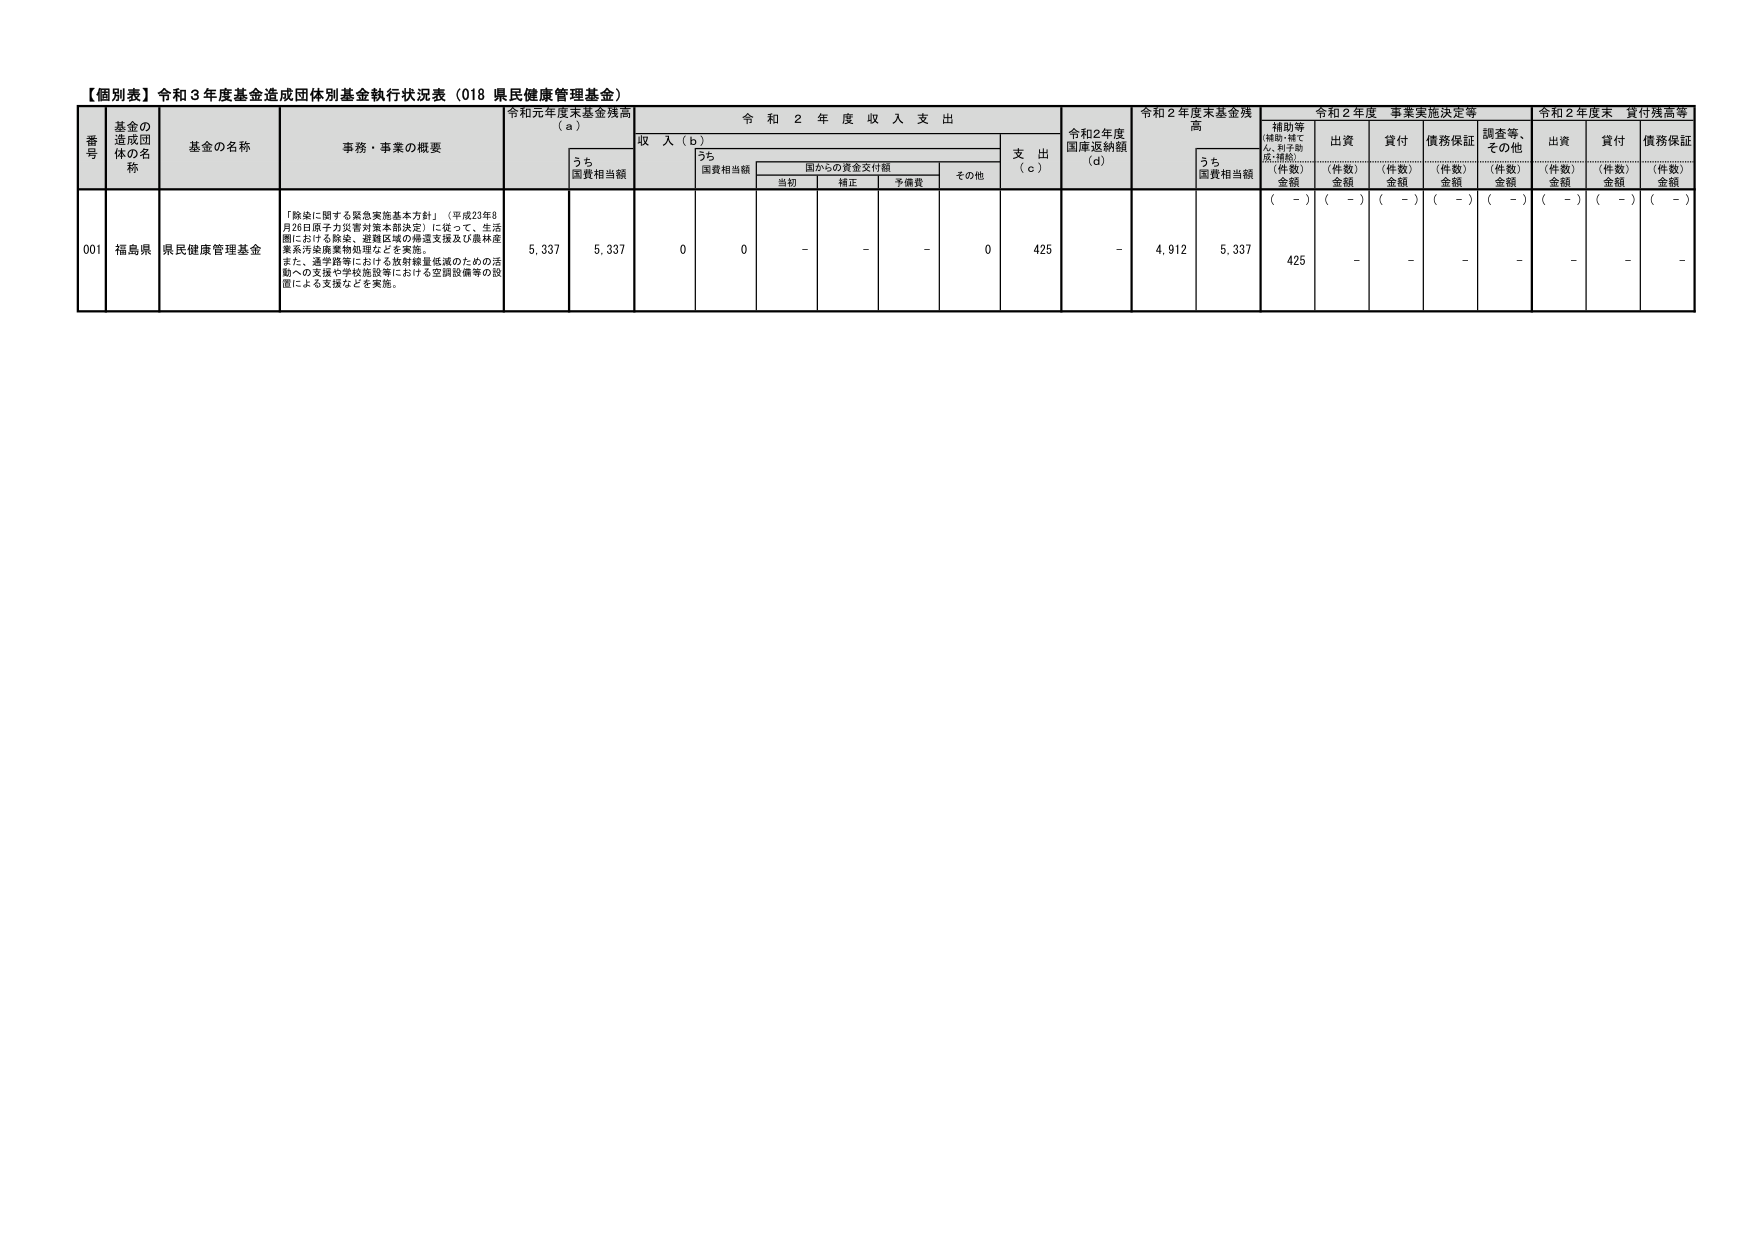
【個別表】令和３年度基金造成団体別基金執行状況表（018 県民健康管理基金）

番号 基金の造成団体の名称 基金の名称 事務・事業の概要 令和元年度末基金残高（a） 令和２年度収入支出 令和2年度国庫返納額（d） 令和２年度末基金残高 令和２年度事業実施決定等 令和２年度末貸付残高等

うち国費相当額 収入（b） 支出（c） うち国費相当額 補助等（補助・補てん、利子助成・補助） 出資 貸付 債務保証 調査等、その他 出資 貸付 債務保証

うち国費相当額 国からの資金交付額 その他 （件数）金額 （件数）金額 （件数）金額 （件数）金額 （件数）金額 （件数）金額 （件数）金額

当初 補正 予備費

（－） （－） （－） （－） （－） （－） （－）

001 福島県 県民健康管理基金 「除染に関する緊急実施基本方針」（平成23年8月26日原子力災害対策本部決定）に従って、生活圏における除染、避難区域の帰還支援及び農林産業系汚染廃棄物処理などを実施。また、通学路等における放射線量低減のための活動への支援や学校施設等における空調設備等の設置による支援などを実施。 5,337 5,337 0 0 － － － 0 425 － 4,912 5,337 425 － － － － － － －